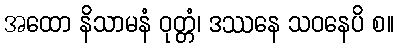
အထော နိသာမနံ ဝုတ္တံ၊ ဒဿနေ သဝနေပိ စ။